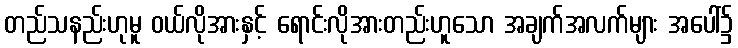
တည်သနည်းဟုမူ ဝယ်လိုအားနှင့် ရောင်းလိုအားတည်းဟူသော အချက်အလက်များ အပေါ်၌